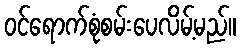
ဝင်ရောက်စုံစမ်းပေလိမ့်မည်။